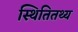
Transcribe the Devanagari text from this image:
स्थितितथ्य